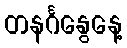
တနင်္ဂနွေနေ့